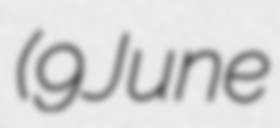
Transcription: (9 June